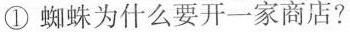
① 蜘蛛为什么要开一家商店?